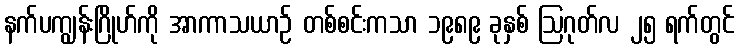
နက်ပကျွန်းဂြိုဟ်ကို အာကာသယာဉ် တစ်စင်းကသာ ၁၉၈၉ ခုနှစ် ဩဂုတ်လ ၂၅ ရက်တွင်